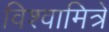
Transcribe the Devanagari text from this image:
विश्वामित्रे